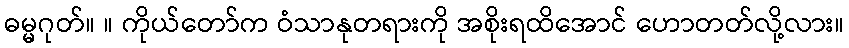
ဓမ္မဂုတ်။ ။ ကိုယ်တော်က ဝံသာနုတရားကို အစိုးရထိအောင် ဟောတတ်လို့လား။